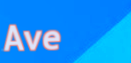
Ave